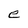
Character: e